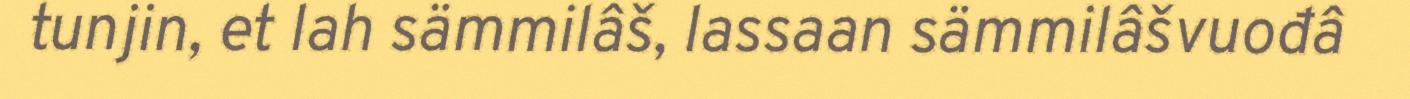
tunjin, et lah sämmilâš, lassaan sämmilâšvuođâ